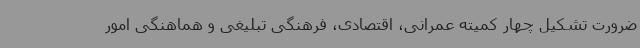
ضرورت تشکیل چهار کمیته عمرانی، اقتصادی، فرهنگی تبلیغی و هماهنگی امور